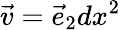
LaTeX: {\vec{v}}={\vec{e}}_{2}dx^{2}